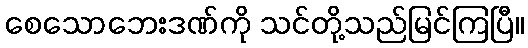
စေသောဘေးဒဏ်ကို သင်တို့သည်မြင်ကြပြီ။